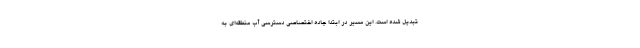
تبدیل شده است. این مسیر در ابتدا جاده اختصاصی دسترسی آب منطقه‌ای به